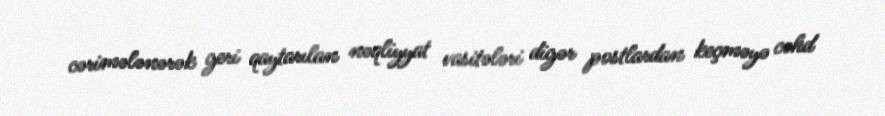
cərimələnərək geri qaytarılan nəqliyyat vasitələri digər postlardan keçməyə cəhd